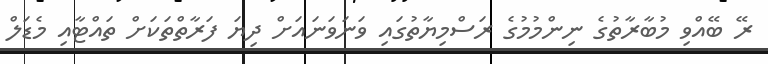
ރޭ ބޭއްވި މުބާރާތުގެ ނިންމުމުގެ ރަސްމިޔާތުގައި ވަނަވަނައަށް ދިޔަ ފަރާތްތަކަށް ތައްޓާއި މެޑަލް